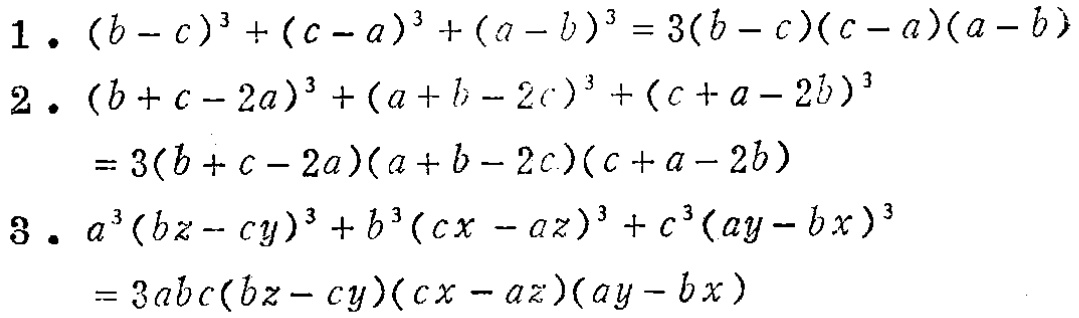
1. \((b - c)^{3}+(c - a)^{3}+(a - b)^{3}=3(b - c)(c - a)(a - b)\)
2. \((b + c - 2a)^{3}+(a + b - 2c)^{3}+(c + a - 2b)^{3}=3(b + c - 2a)(a + b - 2c)(c + a - 2b)\)
3. \(a^{3}(bz - cy)^{3}+b^{3}(cx - az)^{3}+c^{3}(ay - bx)^{3}=3abc(bz - cy)(cx - az)(ay - bx)\)